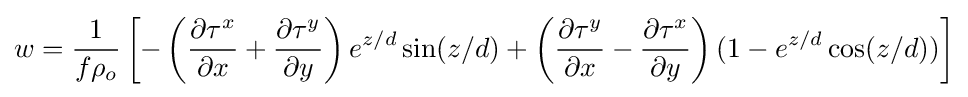
w={\frac {1}{f\rho _{o}}}\left[-\left({\frac {\partial \tau ^{x}}{\partial x}}+{\frac {\partial \tau ^{y}}{\partial y}}\right)e^{z/d}\sin(z/d)+\left({\frac {\partial \tau ^{y}}{\partial x}}-{\frac {\partial \tau ^{x}}{\partial y}}\right)(1-e^{z/d}\cos(z/d))\right]